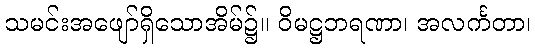
သမင်းအဖျော်ရှိသောအိမ်၌။ ဝိမဋ္ဌဘရဏာ၊ အလင်္ကတာ၊